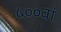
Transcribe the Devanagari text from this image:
५००वां